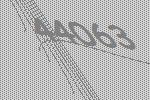
44063